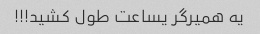
یه همیرگر یساعت طول کشید!!!